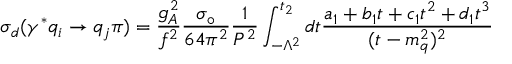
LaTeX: \sigma _ { d } ( \gamma ^ { * } q _ { i } \rightarrow q _ { j } \pi ) = \frac { g _ { A } ^ { 2 } } { f ^ { 2 } } \frac { \sigma _ { \circ } } { 6 4 \pi ^ { 2 } } \frac { 1 } { P ^ { 2 } } \int _ { - \Lambda ^ { 2 } } ^ { t _ { 2 } } d t \frac { a _ { 1 } + b _ { 1 } t + c _ { 1 } t ^ { 2 } + d _ { 1 } t ^ { 3 } } { ( t - m _ { q } ^ { 2 } ) ^ { 2 } }